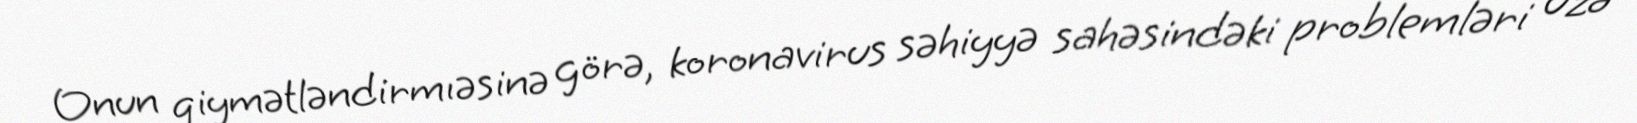
Onun qiymətləndirmıəsinə görə, koronavirus səhiyyə sahəsindəki problemləri üzə